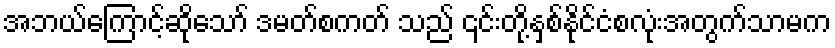
အဘယ်ကြောင့်ဆိုသော် ဒမတ်စကတ် သည် ၎င်းတို့နှစ်နိုင်ငံစလုံးအတွက်သာမက